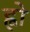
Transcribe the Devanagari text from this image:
ह्वो